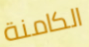
الكامنة